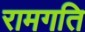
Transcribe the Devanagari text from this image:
रामगति